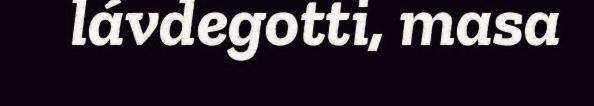
lávdegotti, masa